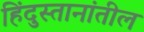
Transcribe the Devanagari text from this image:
हिंदुस्तानांतील